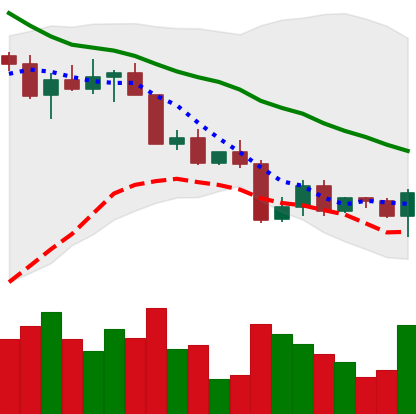
Ticker: BTC-USD
Chart end date: 2022-04-18
Forward return: -3.281%
Label: down_3_5